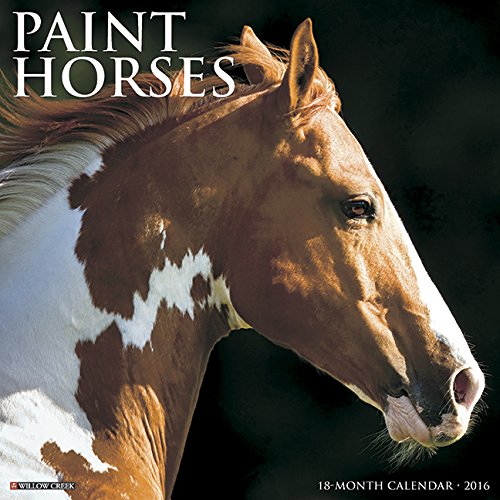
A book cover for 2016 Paint Horses Wall Calendar; Willow Creek Press; Calendars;